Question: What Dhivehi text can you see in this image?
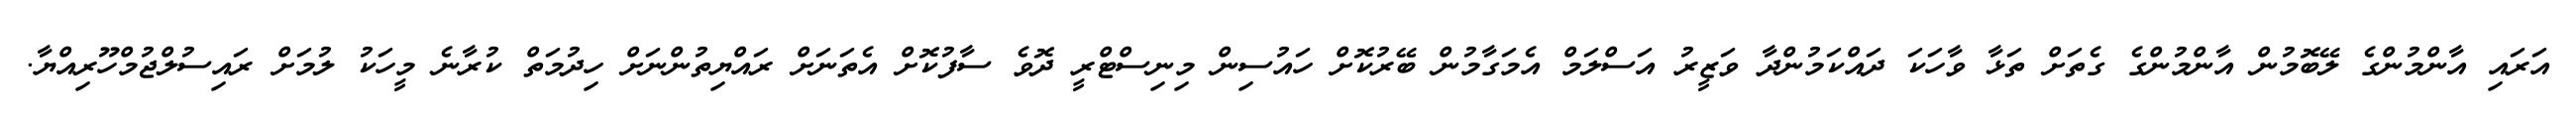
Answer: އަރައި އާންމުންގެ ލޭބޮމުން އާންމުންގެ ގެތަށް ތަޅާ ވާހަކަ ދައްކަމުންދާ ވަޒީރު އަސްލަމް އެމަގާމުން ބޭރުކޮށް ހައުސިން މިނިސްޓްރީ ދޮވެ ސާފުކޮށް އެތަނަށް ރައްޔިތުންނަށް ހިދުމަތް ކުރާނެ މީހަކު ލުމަށް ރައިސުލްޖުމްހޫރިއްޔާ.